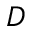
D